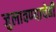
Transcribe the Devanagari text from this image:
जुलावण्याचेही